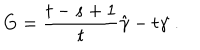
G = \frac { t - s + 1 } { t } \hat { \gamma } - t \gamma \; .